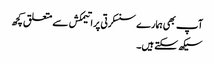
آپ بھی ہمارے سنسکرتی پراتیمکش سے متعلق کچھ
سیکھ سکتے ہیں۔